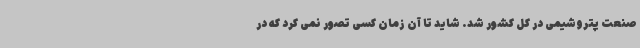
صنعت پتروشیمی در کل کشور شد. شاید تا آن زمان کسی تصور نمی کرد که در